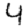
Digit: 4